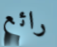
رائع